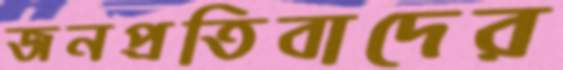
জনপ্রতিবাদের